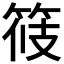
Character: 𥭸